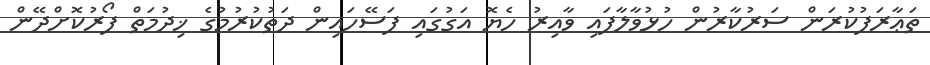
ތަޢާރަފުކުރަން ސަރުކާރުން ހުޅުވާލާފައި ވާއިރު ހެޔޮ އަގުގައި ފަސޭހައިން ދަތުކުރުމުގެ ޚިދުމަތް ފޯރުކޮށްދޭން